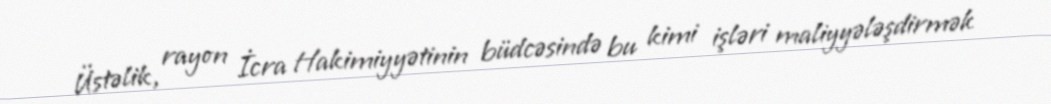
Üstəlik, rayon İcra Hakimiyyətinin büdcəsində bu kimi işləri maliyyələşdirmək